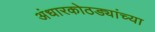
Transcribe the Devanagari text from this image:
अंधारकोठड्यांच्या